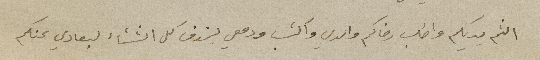
الثم يديكم واطلب رضاكم والدي واكتب ودمعي يزرف كل الشتاء لبعادي عنكم